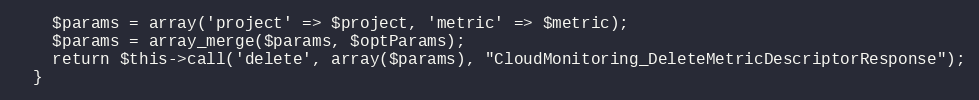
Language: PHP
    $params = array('project' => $project, 'metric' => $metric);
    $params = array_merge($params, $optParams);
    return $this->call('delete', array($params), "CloudMonitoring_DeleteMetricDescriptorResponse");
  }